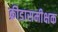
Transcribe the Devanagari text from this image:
क्रीडासमीक्षक